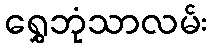
ရွှေဘုံသာလမ်း